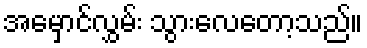
အမှောင်လွှမ်း သွားလေတော့သည်။